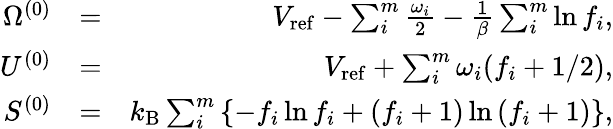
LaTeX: \begin{array}{rlr}{\Omega^{(0)}}&{=}&{V_{\mathrm{ref}}-\sum_{i}^{m}\frac{\omega_{i}}{2}-\frac{1}{\beta}\sum_{i}^{m}\ln f_{i},}\\ {U^{(0)}}&{=}&{V_{\mathrm{ref}}+\sum_{i}^{m}\omega_{i}(f_{i}+1/2),}\\ {S^{(0)}}&{=}&{k_{\mathrm{B}}\sum_{i}^{m}\left\{ -f_{i}\ln f_{i}+\left(f_{i}+1\right)\ln\left(f_{i}+1\right)\right\} ,}\end{array}